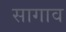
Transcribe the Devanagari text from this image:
सागाव